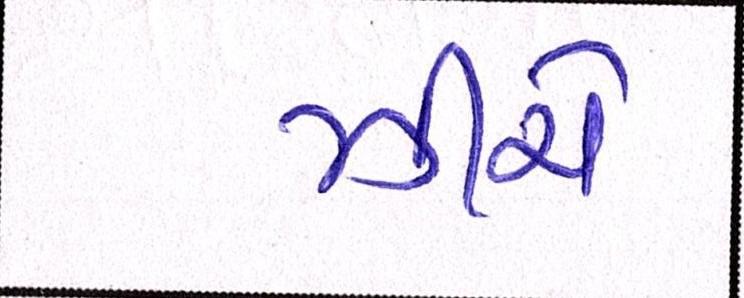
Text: ઝીરો